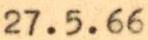
27.5.66